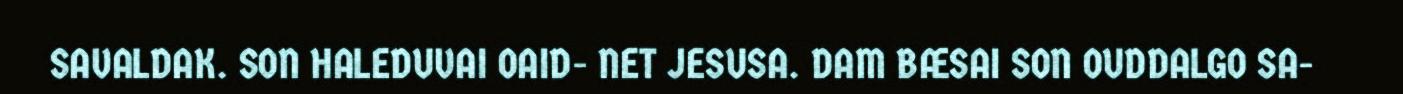
SAVALDAK. SON HALEDUVAI OAID- NET JESUSA. DAM BÆSAI SON OUDDALGO SA-